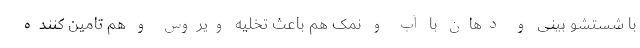
با شستشو بینی و دهان با آب و نمک هم باعث تخلیه ویروس و هم تامین کننده